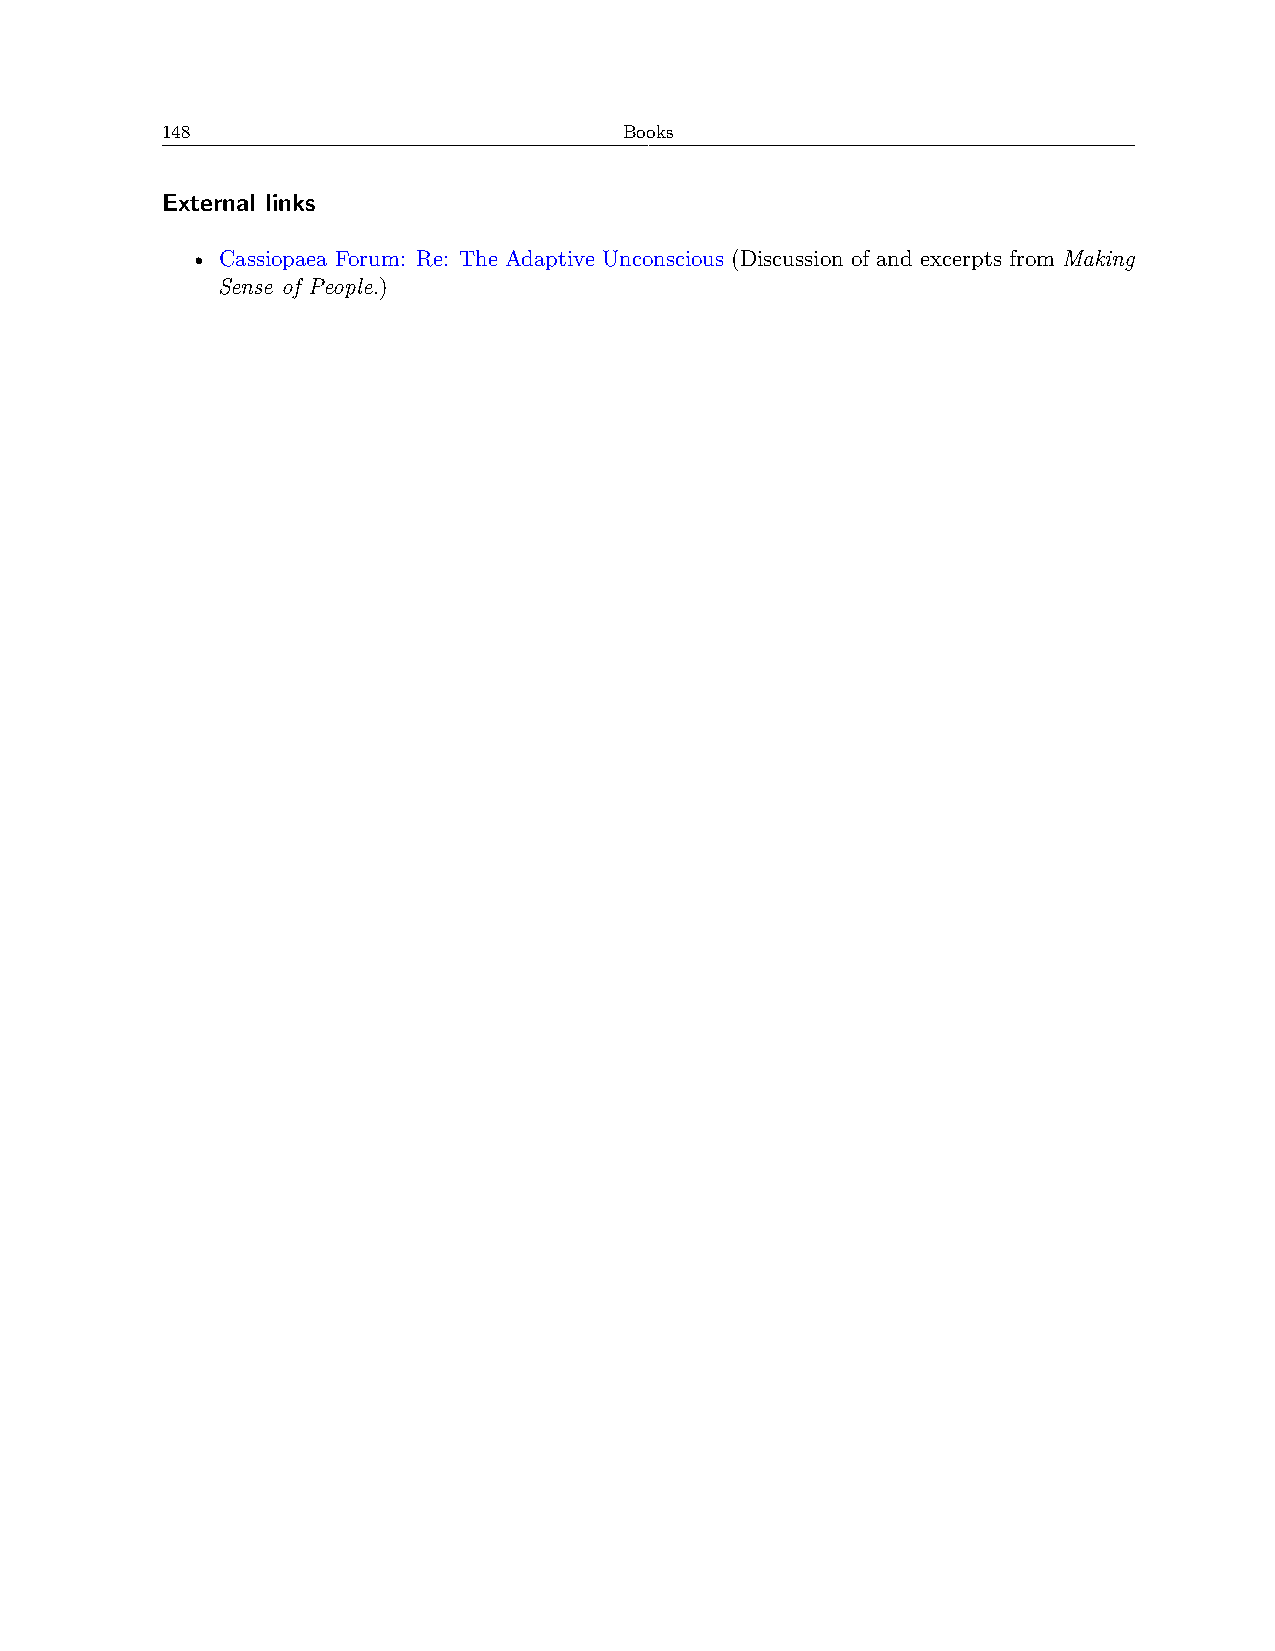
148                           Books
 External links
 • Cassiopaea Forum: Re: The Adaptive Unconscious (Discussion of and excerpts from Making
 Sense of People.)